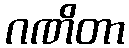
ဂဏိတာ